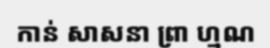
កាន់ សាសនា ព្រា ហ្មណ